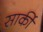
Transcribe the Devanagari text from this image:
सार्की